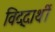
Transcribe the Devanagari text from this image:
विद्दार्थी